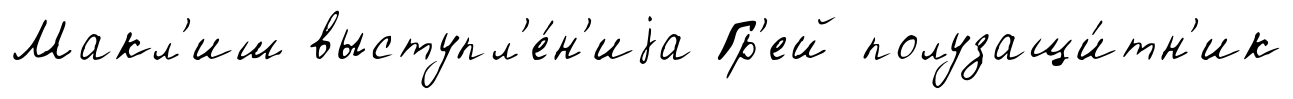
Макл'иш выступл'е́н'иjа Гр'ей полузащи́тн'ик